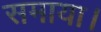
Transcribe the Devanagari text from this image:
समाया।